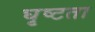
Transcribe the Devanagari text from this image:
घृष्टता